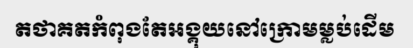
តថាគតកំពុងតែអង្គុយនៅក្រោមម្លប់ដើម